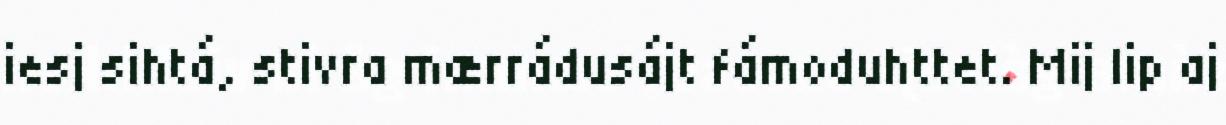
iesj sihtá, stivra mærrádusájt fámoduhttet. Mij lip aj